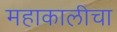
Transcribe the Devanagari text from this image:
महाकालीचा